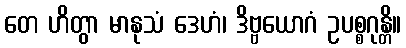
တေ ဟိတွာ မာနုသံ ဒေဟံ၊ ဒိဗ္ဗယောဂံ ဥပစ္စဂုန္တိ။